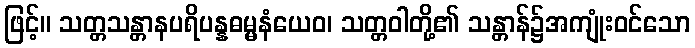
ဖြင့်။ သတ္တသန္တာနပရိပန္နဓမ္မနံယေဝ၊ သတ္တဝါတို့၏ သန္တာန်၌အကျုံးဝင်သော